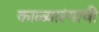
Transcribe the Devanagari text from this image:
काळ्यारंगाची